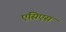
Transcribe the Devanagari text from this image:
एसिएस